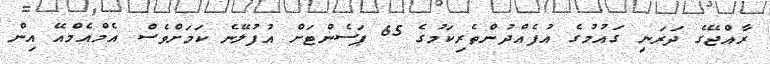
ރާއްޖޭގެ ދަރަނި ގައުމުގެ އުފެއްދުންތެރިކަމުގެ 65 ޕަސެންޓަށް އުފުލޭނެ ކަމަށްވެސް އެމްއެމްއޭ އިން